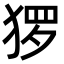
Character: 猡